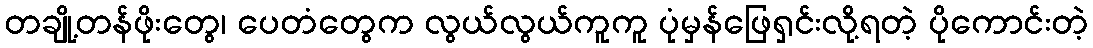
တချို့တန်ဖိုးတွေ၊ ပေတံတွေက လွယ်လွယ်ကူကူ ပုံမှန်ဖြေရှင်းလို့ရတဲ့ ပိုကောင်းတဲ့